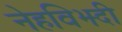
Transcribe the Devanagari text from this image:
नेहविझ्दी